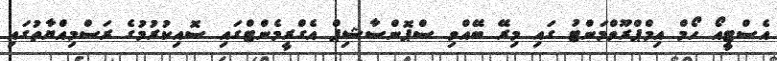
އެސްޓީއޯ ހޯމް އިމްޕްރޫވްމަންޓު ގައި މިރޭ ބޭއްވި ސްޕޮންސާޝިޕް އެގްރީމެންޓްގައި ސޮއިކުރުމުގެ ރަސްމިއްޔާތުގައި